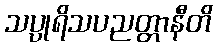
သပ္ပုရိသပညတ္တာနီတိ